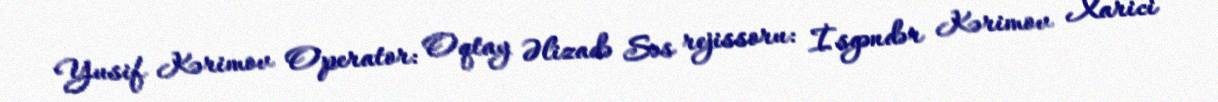
Yusif Kərimov Operator: Oqtay Əlizadə Səs rejissoru: İsgəndər Kərimov Xarici